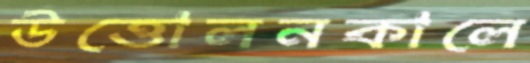
উত্তোলনকালে